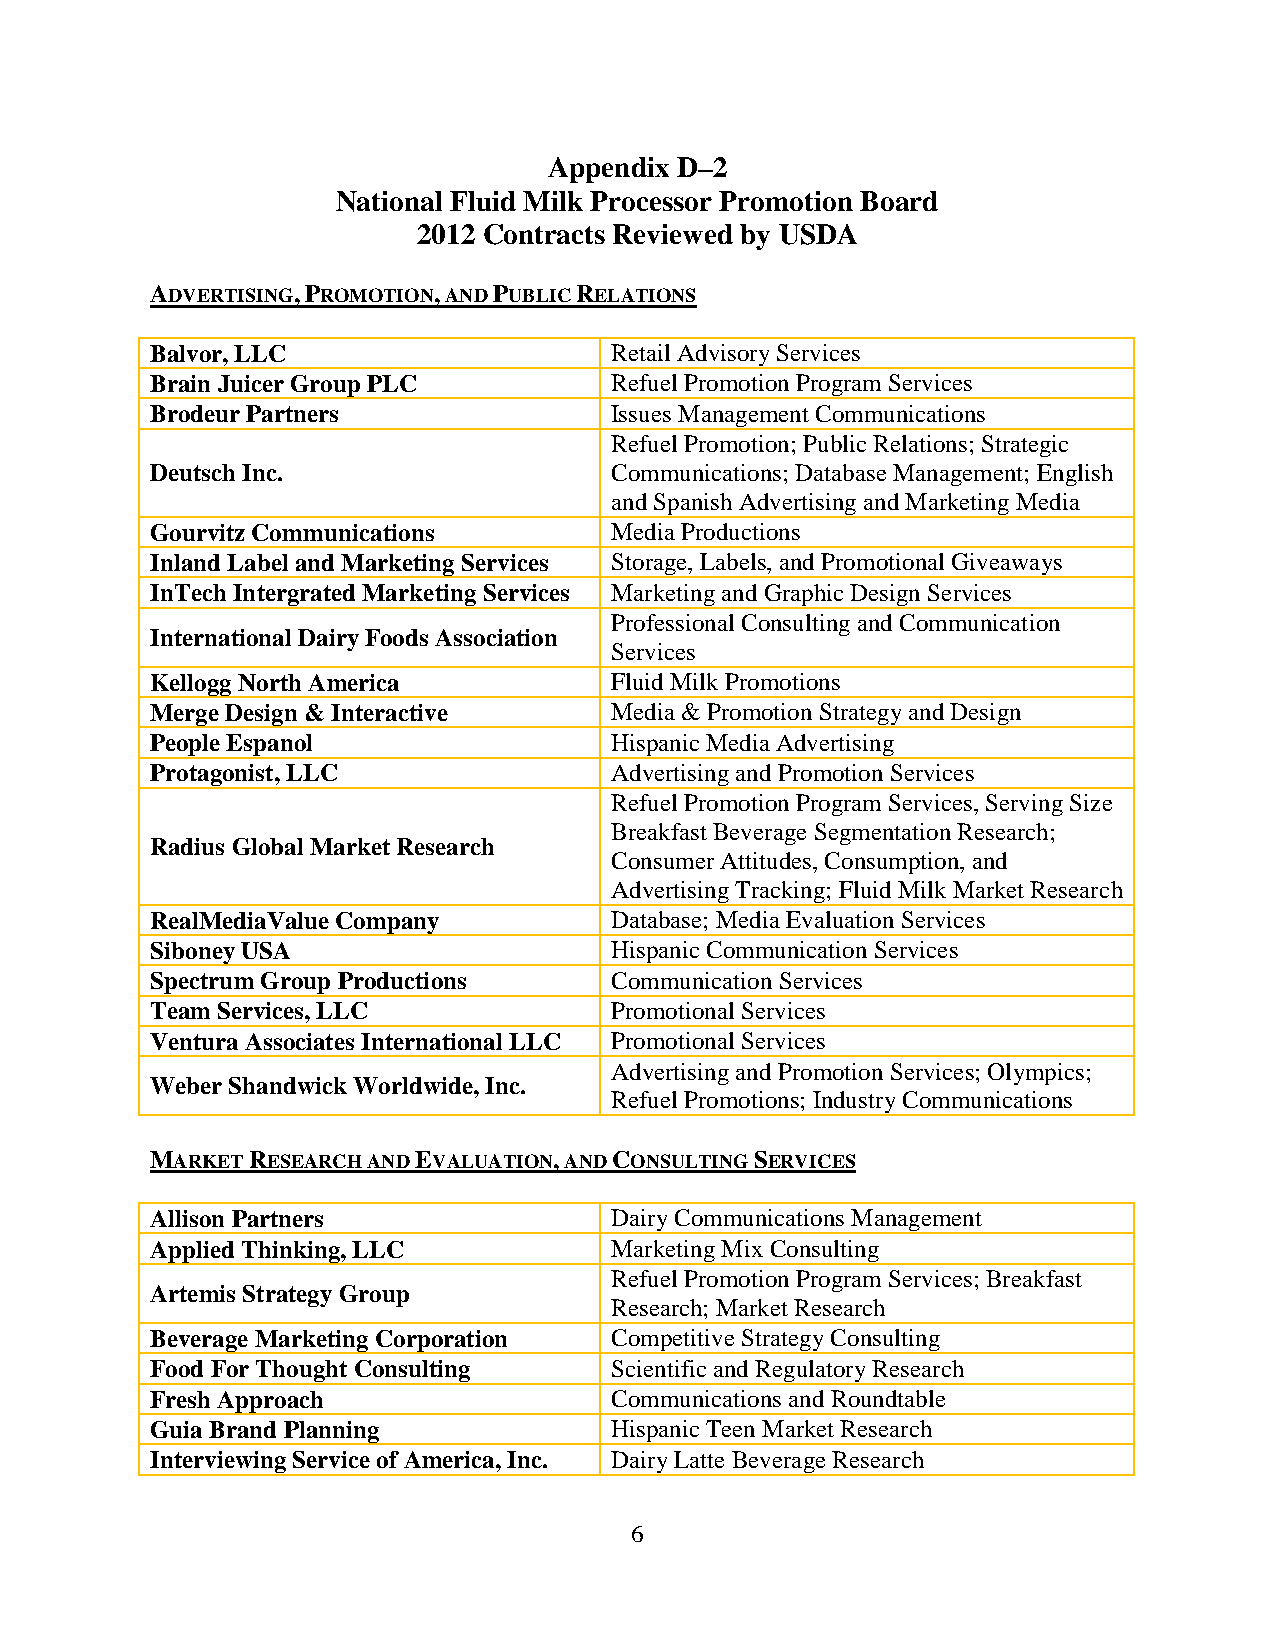
Appendix D–2
 National Fluid Milk Processor Promotion Board
 2012 Contracts Reviewed by USDA
 ADVERTISING, PROMOTION, AND PUBLIC RELATIONS
 Balvor, LLC                   Retail Advisory Services
 Brain Juicer Group PLC        Refuel Promotion Program Services
 Brodeur Partners              Issues Management Communications
 Refuel Promotion; Public Relations; Strategic
 Deutsch Inc.                  Communications; Database Management; English
 and Spanish Advertising and Marketing Media
 Gourvitz Communications       Media Productions
 Inland Label and Marketing Services Storage, Labels, and Promotional Giveaways
 InTech Intergrated Marketing Services Marketing and Graphic Design Services
 Professional Consulting and Communication
 International Dairy Foods Association
 Services
 Kellogg North America         Fluid Milk Promotions
 Merge Design & Interactive    Media & Promotion Strategy and Design
 People Espanol                Hispanic Media Advertising
 Protagonist, LLC              Advertising and Promotion Services
 Refuel Promotion Program Services, Serving Size
 Breakfast Beverage Segmentation Research;
 Radius Global Market Research
 Consumer Attitudes, Consumption, and
 Advertising Tracking; Fluid Milk Market Research
 RealMediaValue Company        Database; Media Evaluation Services
 Siboney USA                   Hispanic Communication Services
 Spectrum Group Productions    Communication Services
 Team Services, LLC            Promotional Services
 Ventura Associates International LLC Promotional Services
 Advertising and Promotion Services; Olympics;
 Weber Shandwick Worldwide, Inc.
 Refuel Promotions; Industry Communications
 MARKET RESEARCH AND EVALUATION, AND CONSULTING SERVICES
 Allison Partners              Dairy Communications Management
 Applied Thinking, LLC         Marketing Mix Consulting
 Refuel Promotion Program Services; Breakfast
 Artemis Strategy Group
 Research; Market Research
 Beverage Marketing Corporation Competitive Strategy Consulting
 Food For Thought Consulting   Scientific and Regulatory Research
 Fresh Approach                Communications and Roundtable
 Guia Brand Planning           Hispanic Teen Market Research
 Interviewing Service of America, Inc. Dairy Latte Beverage Research
 6